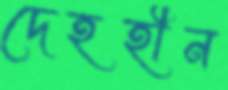
দেহহীন